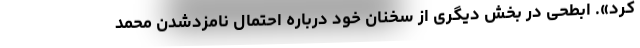
کرد». ابطحی در بخش دیگری از سخنان خود درباره احتمال نامزد‌شدن محمد